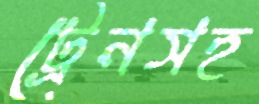
ট্রেনসহ